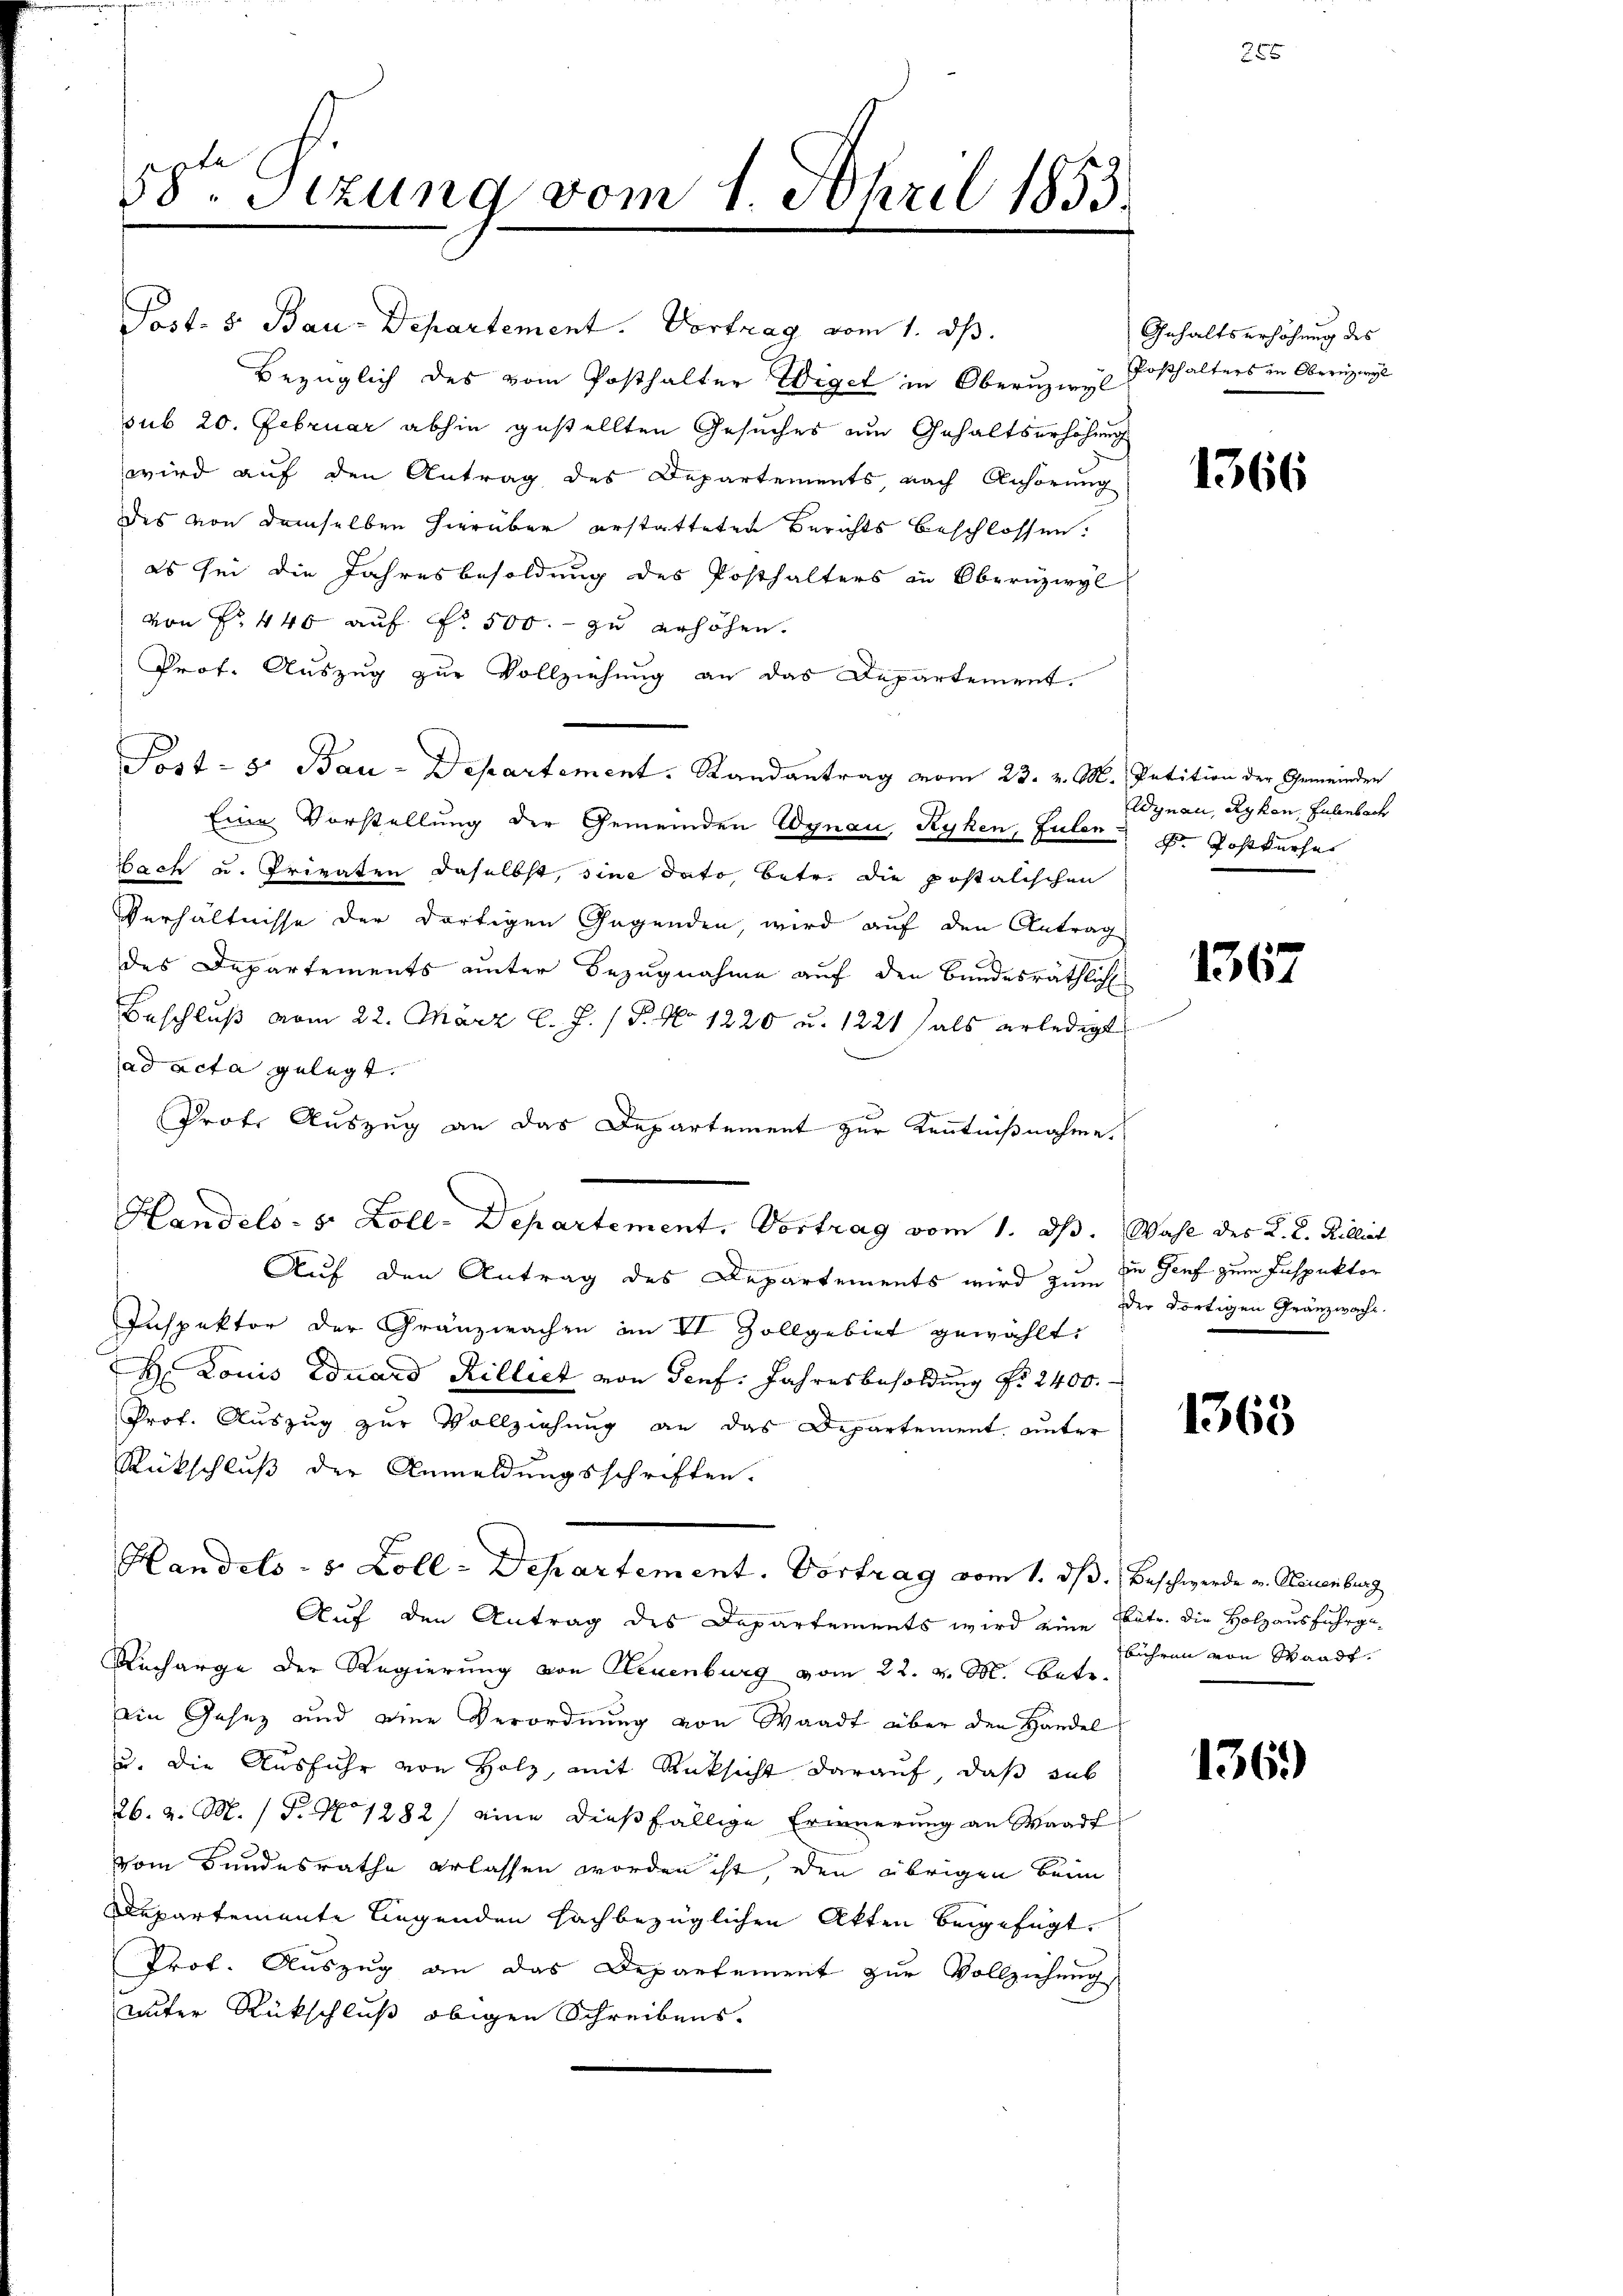
58. Stzung vom 1. April 1853.

Post. S. Bau-Departement. Vortrag vom 1. ds.
bezüglich des vom Posthalter Wegel in Obern Posthalters in Obernzel
sub 20. Februar abhin gestellten Gesuches um Gehaltserhöhung
wird auf den Antrag des Departements, nach Anhörung
des von demselben hierüber erstatteten Berichts beschlossen:
es sei die Jahresbesoldung des Posthalters in Obernzwyl
von Fr. 440 auf No 500.- zu erhöhen.
Prof. Auszug zur Vollziehung an das Departement.
Post- 5. Bau-Departement. Randantrag vom 23. v. M. Petition der Gemeinder
Eine Vorstellung der Gemeinden Wynau, Ryken, Fulen d. Postkurser
bach u. Privaten daselbst, sine dato betr. die postalischen
Verhältnisse der dortigen Gegenden, wird auf den Antrag
des Departements unter Bezugnahme auf den Bundesräthlich
Beschluß vom 22. März l. J. (T. No 1220 u. 1221 als erledigt
ad acta gelegt.
Prote Auszug an das Departement zur Kenntnißnahme
Auf den Antrag des Departements wird zum in Genf zum Inspektor
Inspektor der Gränzwachen im VI Zollgebiet gewählt:
H. Louis Eduard Rilliet von Senf. Jahresbesoldung No 2400.
Prof. Auszug zur Vollziehung an das Departement, unter
Rückschluß der Anmeldungsschriften.
Handels - 5. Zoll - Departement. Vortrag vom 1. dβ. Beschwerde v. Neuenburg
Auf den Antrag des Departements wird eine Patr. die Holzausfuhrge¬
Rucharge der Regierung von Neuenburg vom 22. v. M. betr.
in Gesez und eine Verordnung von Waadt über den Handel
u. die Ausfuhr von Holz, mit Rüksicht darauf, das sub
26. v. M. (T. No 1282) eine dießfällige Erinnerung an Waadt
vom Bundesrathe erlassen worden ist, den übrigen beim
Departemente liegenden hachbezüglichen Akten beigefügt.
Prot. Auszug an das Departement zur Vollziehung
unter Rückschluß obigen Schreibens¬

Handels- u. Zoll-Departement. Vortrag vom 1. ds. Wahl des K. R. Kolliet

Gehaltserhöhung des

1366

Wynau, Rykon, Hulenbach

1367

der dortigen Granzwacht.

1368

bühren von Waadt.

136)